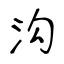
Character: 沟